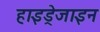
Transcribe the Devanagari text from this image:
हाइड्रेजाइन